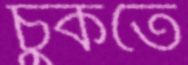
চুকতে